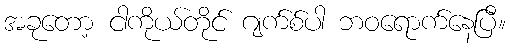
အခုတော့ ငါကိုယ်တိုင် ဂျက်စ်ပါ ဘဝရောက်နေပြီ။